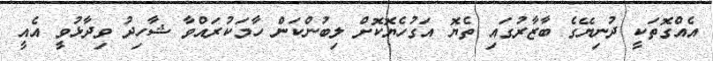
އެއްގޮތަކީ ދުނިޔޭގެ ބާޒާރުގައި ތެޔޮ އަގުހެޔޮކޮށް ލިބުންކަން ހާމަކުރައްވާ ޝާހިދު ވިދާޅުވީ އެއީ